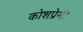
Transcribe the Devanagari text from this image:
कोशप्रेमी